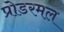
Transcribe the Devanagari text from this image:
प्रोडरमल